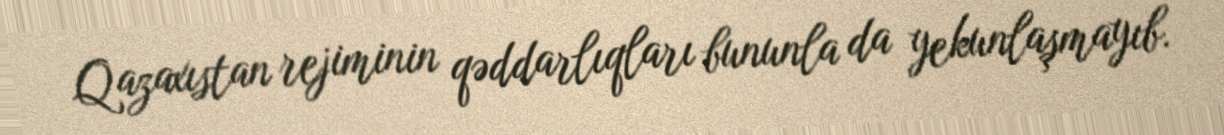
Qazaxıstan rejiminin qəddarlıqları bununla da yekunlaşmayıb.